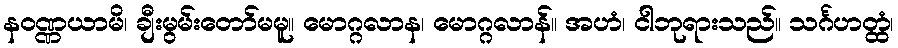
နဝဏ္ဏယာမိ၊ ချီးမွမ်းတော်မမူ။ မောဂ္ဂလာန၊ မောဂ္ဂလာန်။ အဟံ၊ ငါဘုရားသည်။ သင်္ဂဟတ္ထံ၊